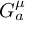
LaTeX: G _ { a } ^ { \mu }